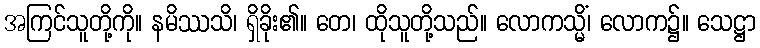
အကြင်သူတို့ကို။ နမိဿသိ၊ ရှိခိုး၏။ တေ၊ ထိုသူတို့သည်။ လောကသ္မိံ၊ လောက၌။ သေဋ္ဌာ